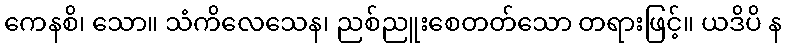
ကေနစိ၊ သော။ သံကိလေသေန၊ ညစ်ညူးစေတတ်သော တရားဖြင့်။ ယဒိပိ န